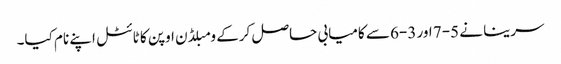
سرینا نے 5-7 اور 3-6 سے کامیابی حاصل کرکے ومبلڈن اوپن کا ٹائٹل اپنے نام کیا۔